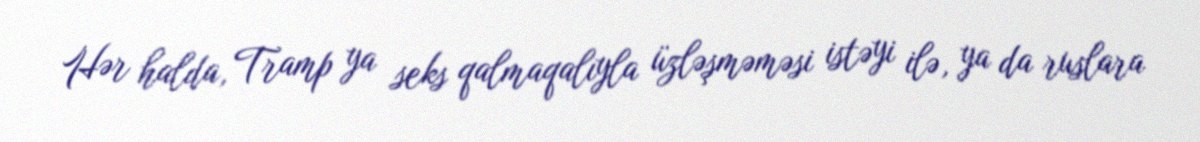
Hər halda, Tramp ya seks qalmaqalıyla üzləşməməsi istəyi ilə, ya da ruslara